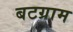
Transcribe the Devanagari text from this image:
बटग्राम